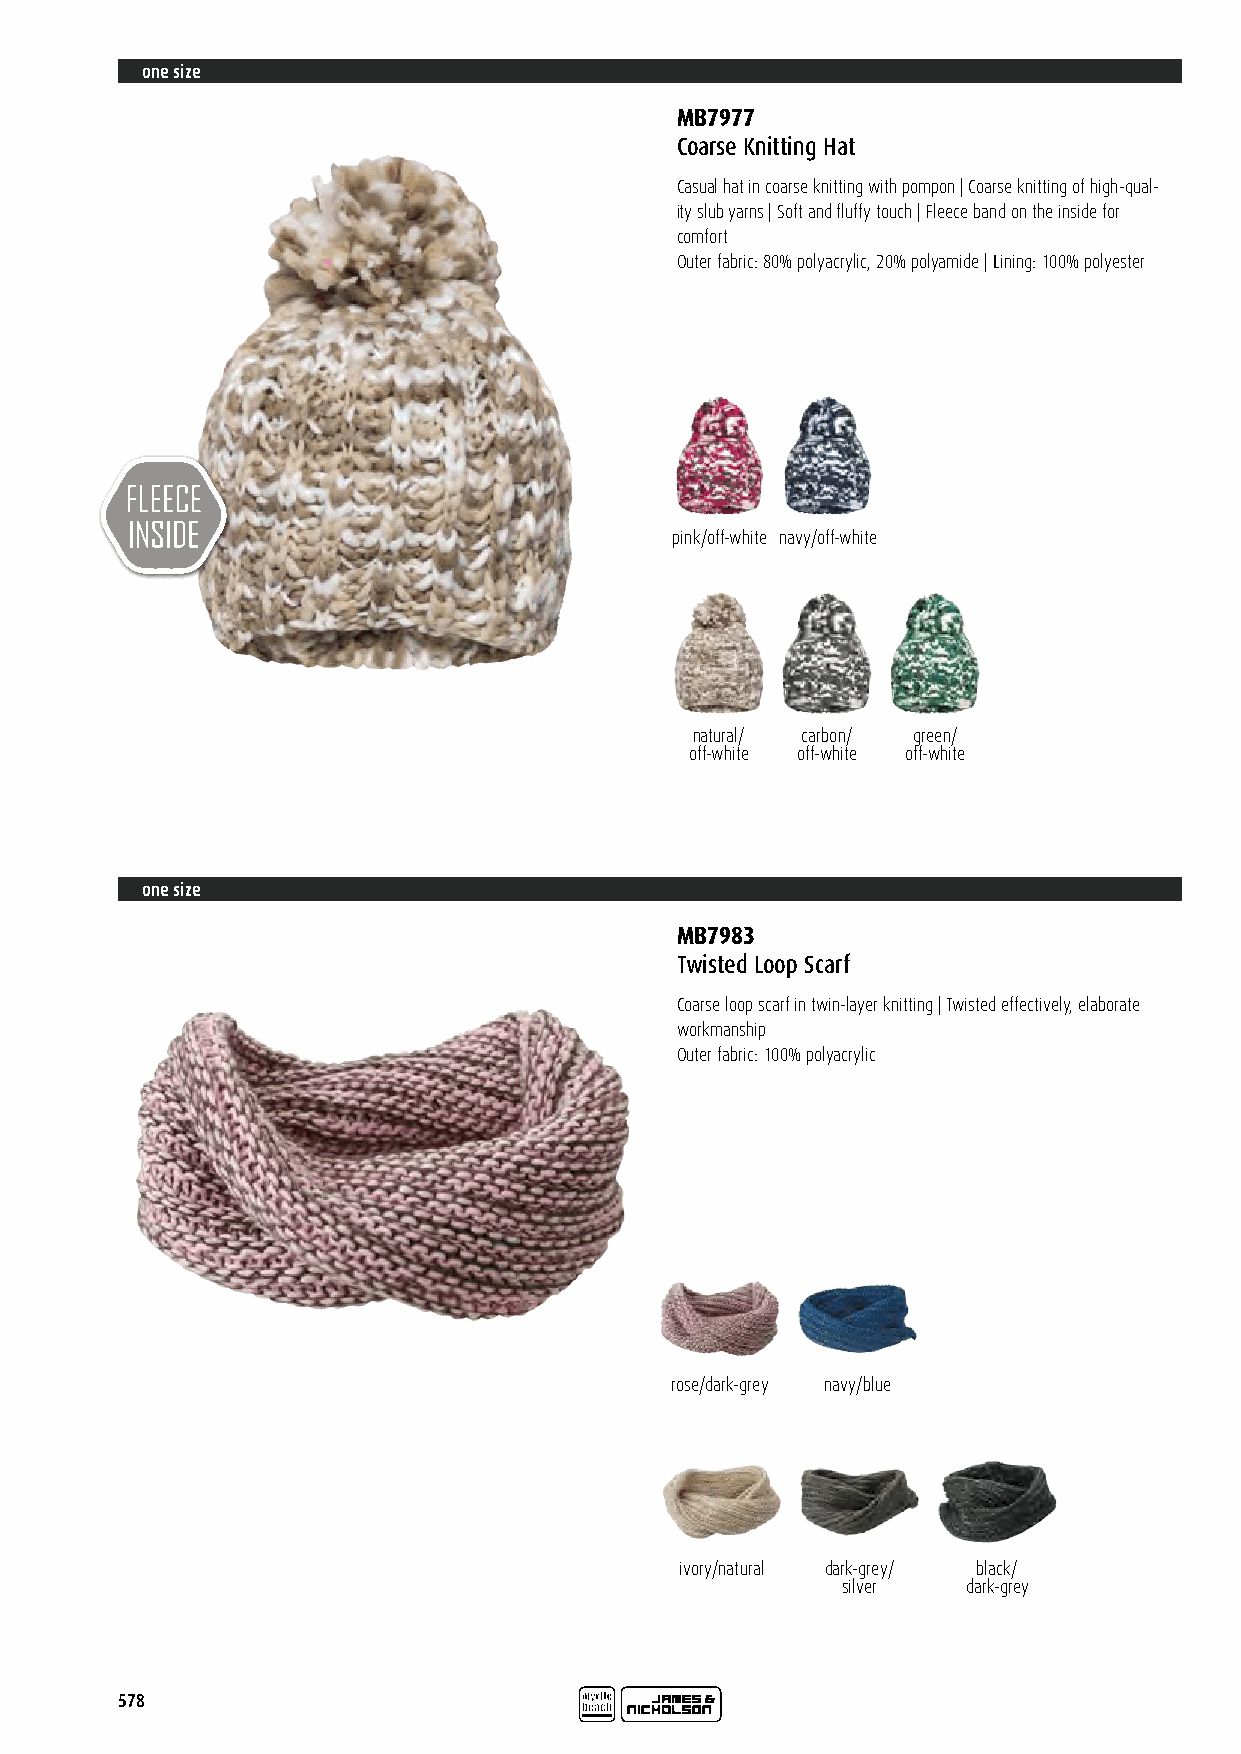
one size
 MB7977
 Coarse Knitting Hat
 Casual hat in coarse knitting with pompon | Coarse knitting of high-qual-
 ity slub yarns | Soft and fluffy touch | Fleece band on the inside for
 comfort
 Outer fabric: 80% polyacrylic, 20% polyamide | Lining: 100% polyester
 pink/off-white navy/off-white
 natural/ carbon/ green/
 off-white off-white off-white
 one size
 MB7983
 Twisted Loop Scarf
 Coarse loop scarf in twin-layer knitting | Twisted effectively, elaborate
 workmanship
 Outer fabric: 100% polyacrylic
 rose/dark-grey navy/blue
 ivory/natural dark-grey/ black/
 silver  dark-grey
 578